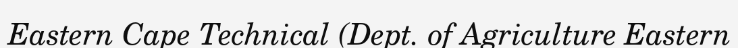
Eastern Cape Technical (Dept. of Agriculture Eastern